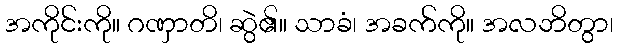
အကိုင်းကို။ ဂဏှာတိ၊ ဆွဲ၏။ သာခံ၊ အခက်ကို။ အလဘိတွာ၊